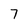
Character: 7